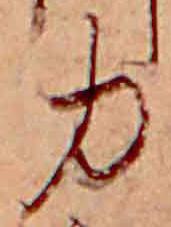
力